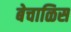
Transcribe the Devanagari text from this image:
बेचाळिस